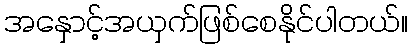
အနှောင့်အယှက်ဖြစ်စေနိုင်ပါတယ်။